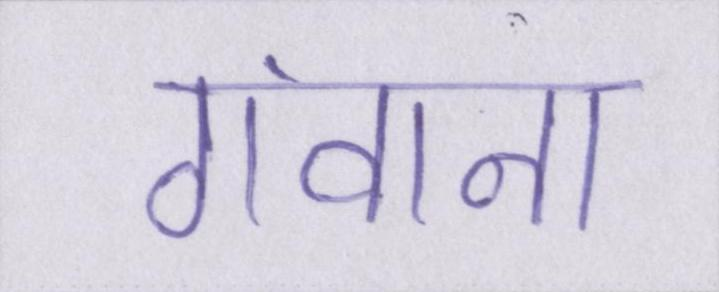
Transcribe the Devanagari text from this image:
गंवाना